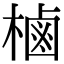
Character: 樐